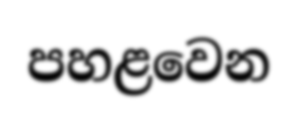
පහළවෙන